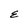
Character: E